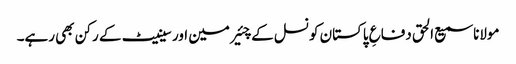
مولانا سمیع الحق دفاعِ پاکستان کونسل کے چئیرمین اور سینیٹ کے رکن بھی رہے۔